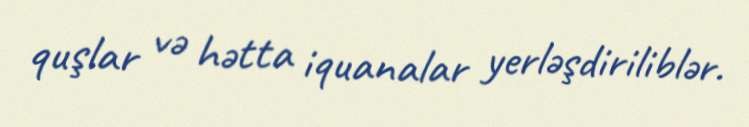
quşlar və hətta iquanalar yerləşdiriliblər.